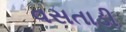
વસતાડી